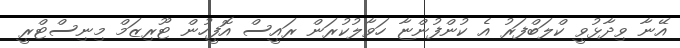
އޭނާ ވިދާޅުވީ ކްލަބްފަރު އެ ކުންފުންޏާ ހަވާލުކުރަން ރައީސް އޮފީހުން ޓޫރިޒަމް މިނިސްޓްރީ